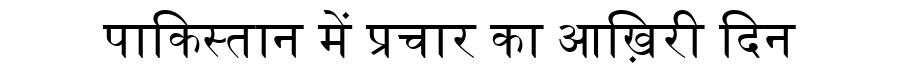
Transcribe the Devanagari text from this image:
पाकिस्तान में प्रचार का आख़िरी दिन